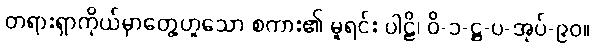
တရားရှာကိုယ်မှာတွေ့ဟူသော စကား၏ မူရင်း ပါဠိ၊ ဝိ-၁-ဋ္ဌ-ပ-အုပ်-၉၀။